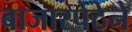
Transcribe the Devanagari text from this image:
बाजारपेठेने